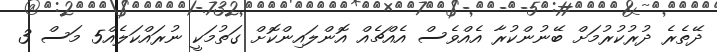
ދޭތެރެ ދުރުކުރުމަށް ބޭނުންކުރާ އެއްވެސް އެއްޗެއް އޮންލައިންކޮށް ގަތުމަކީ ނުރައްކަލެއް5 މަސް 3